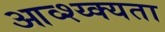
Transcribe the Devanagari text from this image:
आव्श्य्क्यता